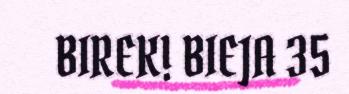
BIREK! BIEJA 35